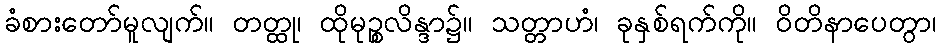
ခံစားတော်မူလျက်။ တတ္ထု၊ ထိုမုဉ္စလိန္ဒာ၌။ သတ္တာဟံ၊ ခုနှစ်ရက်ကို။ ဝိတိနာပေတွာ၊